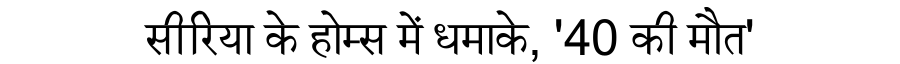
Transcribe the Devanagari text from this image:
सीरिया के होम्स में धमाके, '40 की मौत'